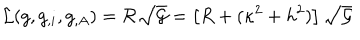
{ \cal L } ( g , g _ { , i } , g _ { , A } ) = { \cal R } \sqrt { { \cal G } } = \left[ R + ( \kappa ^ { 2 } + h ^ { 2 } ) \right] \sqrt { { \cal G } }